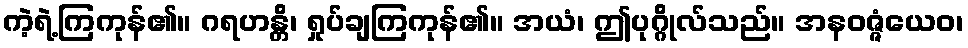
ကဲ့ရဲ့ကြကုန်၏။ ဂရဟန္တိ၊ ရှုပ်ချကြကုန်၏။ အယံ၊ ဤပုဂ္ဂိုလ်သည်။ အနဝဇ္ဇံယေဝ၊